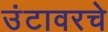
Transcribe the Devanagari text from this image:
उंटावरचे